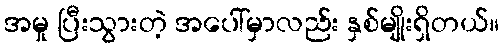
အမှု ပြီးသွားတဲ့ အပေါ်မှာလည်း နှစ်မျိုးရှိတယ်။